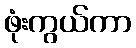
ဖုံးကွယ်ကာ